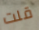
قلت